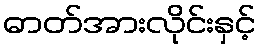
ဓာတ်အားလိုင်းနှင့်